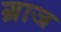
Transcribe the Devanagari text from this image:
ग्राज